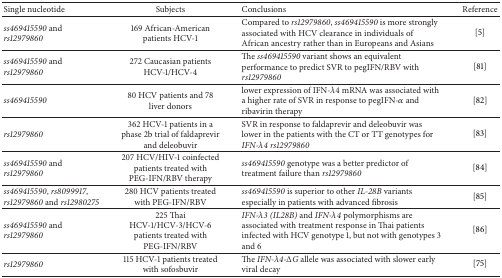
<table><thead><tr><td><b>Single nucleotide</b></td><td><b>Subjects</b></td><td><b>Conclusions</b></td><td><b>Reference</b></td></tr></thead><tbody><tr><td><i>ss469415590</i> and <i>rs12979860 </i></td><td>169 African-American patients HCV-1</td><td>Compared to <i>rs12979860</i>, <i>ss469415590</i> is more strongly associated with HCV clearance in individuals of African ancestry rather than in Europeans and Asians</td><td>[5]</td></tr><tr><td><i>ss469415590</i> and <i>rs12979860 </i></td><td>272 Caucasian patients HCV-1/HCV-4</td><td>The <i>ss469415590</i> variant shows an equivalent performance to predict SVR to pegIFN/RBV with <i>rs12979860 </i></td><td>[81]</td></tr><tr><td><i>ss469415590 </i></td><td>80 HCV patients and 78 liver donors</td><td>lower expression of IFN-<i>λ</i>4 mRNA was associated with a higher rate of SVR in response to pegIFN-<i>α</i> and ribavirin therapy</td><td>[82]</td></tr><tr><td><i>rs12979860 </i></td><td>362 HCV-1 patients in a phase 2b trial of faldaprevir and deleobuvir</td><td>SVR in response to faldaprevir and deleobuvir was lower in the patients with the CT or TT genotypes for <i>IFN-λ4 rs12979860 </i></td><td>[83]</td></tr><tr><td><i>ss469415590</i> and <i>rs12979860 </i></td><td>207 HCV/HIV-1 coinfected patients treated with PEG-IFN/RBV therapy</td><td><i>ss469415590</i> genotype was a better predictor of treatment failure than <i>rs12979860 </i></td><td>[84]</td></tr><tr><td><i>ss469415590</i>, <i>rs8099917</i>, <i>rs12979860</i> and <i>rs12980275 </i></td><td>280 HCV patients treated with PEG-IFN/RBV</td><td><i>ss469415590</i> is superior to other <i>IL-28B</i> variants especially in patients with advanced fibrosis</td><td>[85]</td></tr><tr><td><i>ss469415590</i> and <i>rs12979860 </i></td><td>225 Thai HCV-1/HCV-3/HCV-6 patients treated with PEG-IFN/RBV </td><td><i>IFN-λ3 (IL28B)</i> and <i>IFN-λ4</i> polymorphisms are associated with treatment response in Thai patients infected with HCV genotype 1, but not with genotypes 3 and 6 </td><td>[86]</td></tr><tr><td><i>rs12979860 </i></td><td>115 HCV-1 patients treated with sofosbuvir</td><td>The <i>IFN-λ4-ΔG</i> allele was associated with slower early viral decay</td><td>[75]</td></tr></tbody></table>